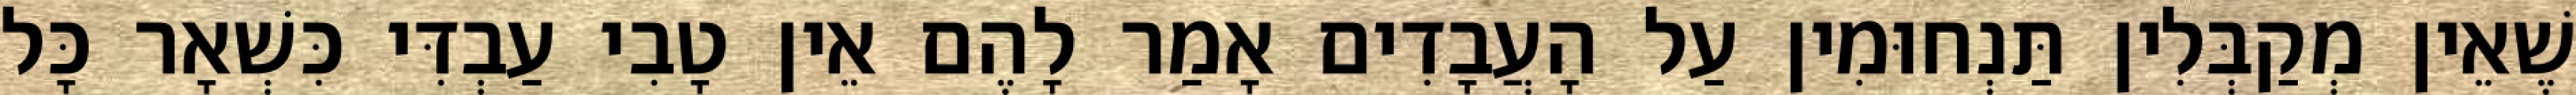
שֶׁאֵין מְקַבְּלִין תַּנְחוּמִין עַל הָעֲבָדִים אָמַר לָהֶם אֵין טָבִי עַבְדִּי כִּשְׁאָר כָּל